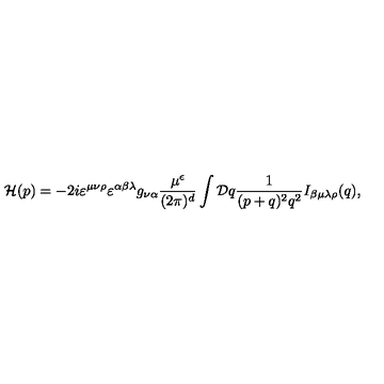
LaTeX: { \cal H } ( p ) = - 2 i \varepsilon ^ { \mu \nu \rho } \varepsilon ^ { \alpha \beta \lambda } g _ { \nu \alpha } \frac { \mu ^ { \epsilon } } { ( 2 \pi ) ^ { d } } \int { \cal D } q \frac { 1 } { ( p + q ) ^ { 2 } q ^ { 2 } } I _ { \beta \mu \lambda \rho } ( q ) ,